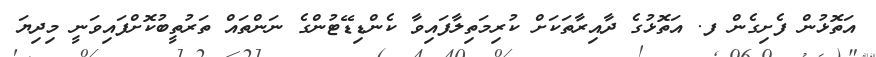
އަތޮޅުން ފެށިގެން ފ. އަތޮޅުގެ ދާއިރާތަކަށް ކުރިމަތިލާފައިވާ ކެންޑިޑޭޓުންގެ ނަންތައް ތަރުތީބުކޮށްފައިވަނީ މިދިޔަ